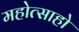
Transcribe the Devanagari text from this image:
महोत्साहो